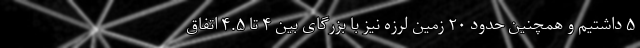
۵ داشتیم و همچنین حدود ۲۰ زمین لرزه نیز با بزرگای بین ۴ تا ۴.۵ اتفاق